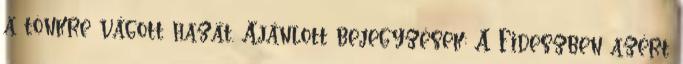
a tönkre vágott hazát. Ajánlott bejegyzések: A Fideszben azért